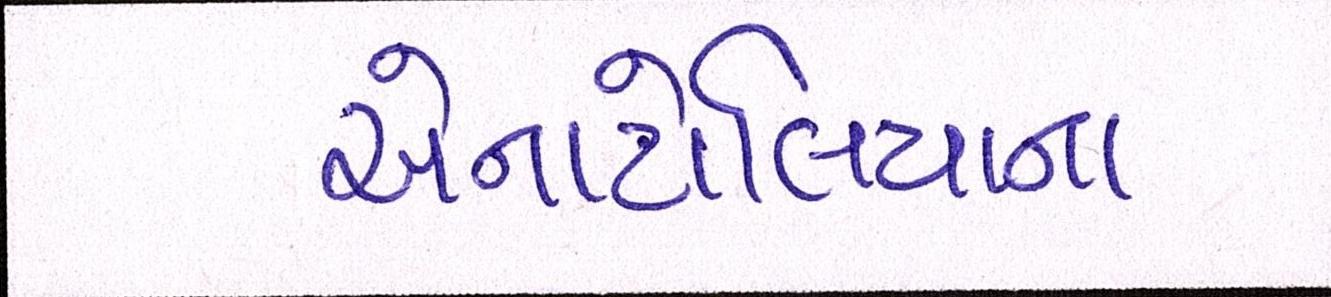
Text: એનાટોલિયાના